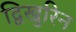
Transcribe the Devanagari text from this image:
द्विखुरिन